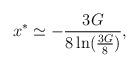
LaTeX: \begin{align*}x^{*}\simeq-{3G\over8\ln({3G\over8})},\end{align*}